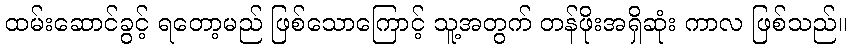
ထမ်းဆောင်ခွင့် ရတော့မည် ဖြစ်သောကြောင့် သူ့အတွက် တန်ဖိုးအရှိဆုံး ကာလ ဖြစ်သည်။